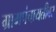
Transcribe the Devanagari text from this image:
ग्रामपंचायतीवर